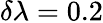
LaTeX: \delta\lambda=0.2